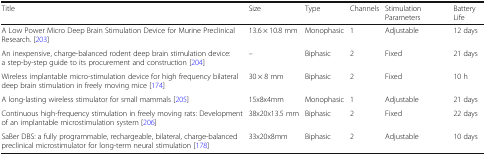
<table><thead><tr><td><b>Title</b></td><td><b>Size</b></td><td><b>Type</b></td><td><b>Channels</b></td><td><b>Stimulation Parameters</b></td><td><b>Battery Life</b></td></tr></thead><tbody><tr><td>A Low Power Micro Deep Brain Stimulation Device for Murine Preclinical Research. [203]</td><td>13.6 × 10.8 mm</td><td>Monophasic</td><td>1</td><td>Adjustable</td><td>12 days</td></tr><tr><td>An inexpensive, charge-balanced rodent deep brain stimulation device: a step-by-step guide to its procurement and construction [204]</td><td>–</td><td>Biphasic</td><td>2</td><td>Fixed</td><td>21 days</td></tr><tr><td>Wireless implantable micro-stimulation device for high frequency bilateral deep brain stimulation in freely moving mice [174]</td><td>30 × 8 mm</td><td>Biphasic</td><td>2</td><td>Fixed</td><td>10 h</td></tr><tr><td>A long-lasting wireless stimulator for small mammals [205]</td><td>15x8x4mm</td><td>Monophasic</td><td>1</td><td>Adjustable</td><td>21 days</td></tr><tr><td>Continuous high-frequency stimulation in freely moving rats: Development of an implantable microstimulation system [206]</td><td>38x20x13.5 mm</td><td>Biphasic</td><td>2</td><td>Fixed</td><td>22 days</td></tr><tr><td>SaBer DBS: a fully programmable, rechargeable, bilateral, charge-balanced preclinical microstimulator for long-term neural stimulation [178]</td><td>33x20x8mm</td><td>Biphasic</td><td>2</td><td>Adjustable</td><td>10 days</td></tr></tbody></table>